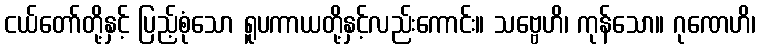
ငယ်တော်တို့နှင့် ပြည့်စုံသော ရူပကာယတို့နှင့်လည်းကောင်း။ သဗ္ဗေဟိ၊ ကုန်သော။ ဂုဏေဟိ၊